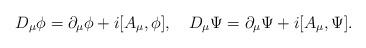
LaTeX: \begin{align*}D_{\mu}\phi = \partial_{\mu}\phi+i[A_{\mu}, \phi], \quad D_{\mu}\Psi = \partial_{\mu}\Psi+i[A_{\mu}, \Psi] .\end{align*}